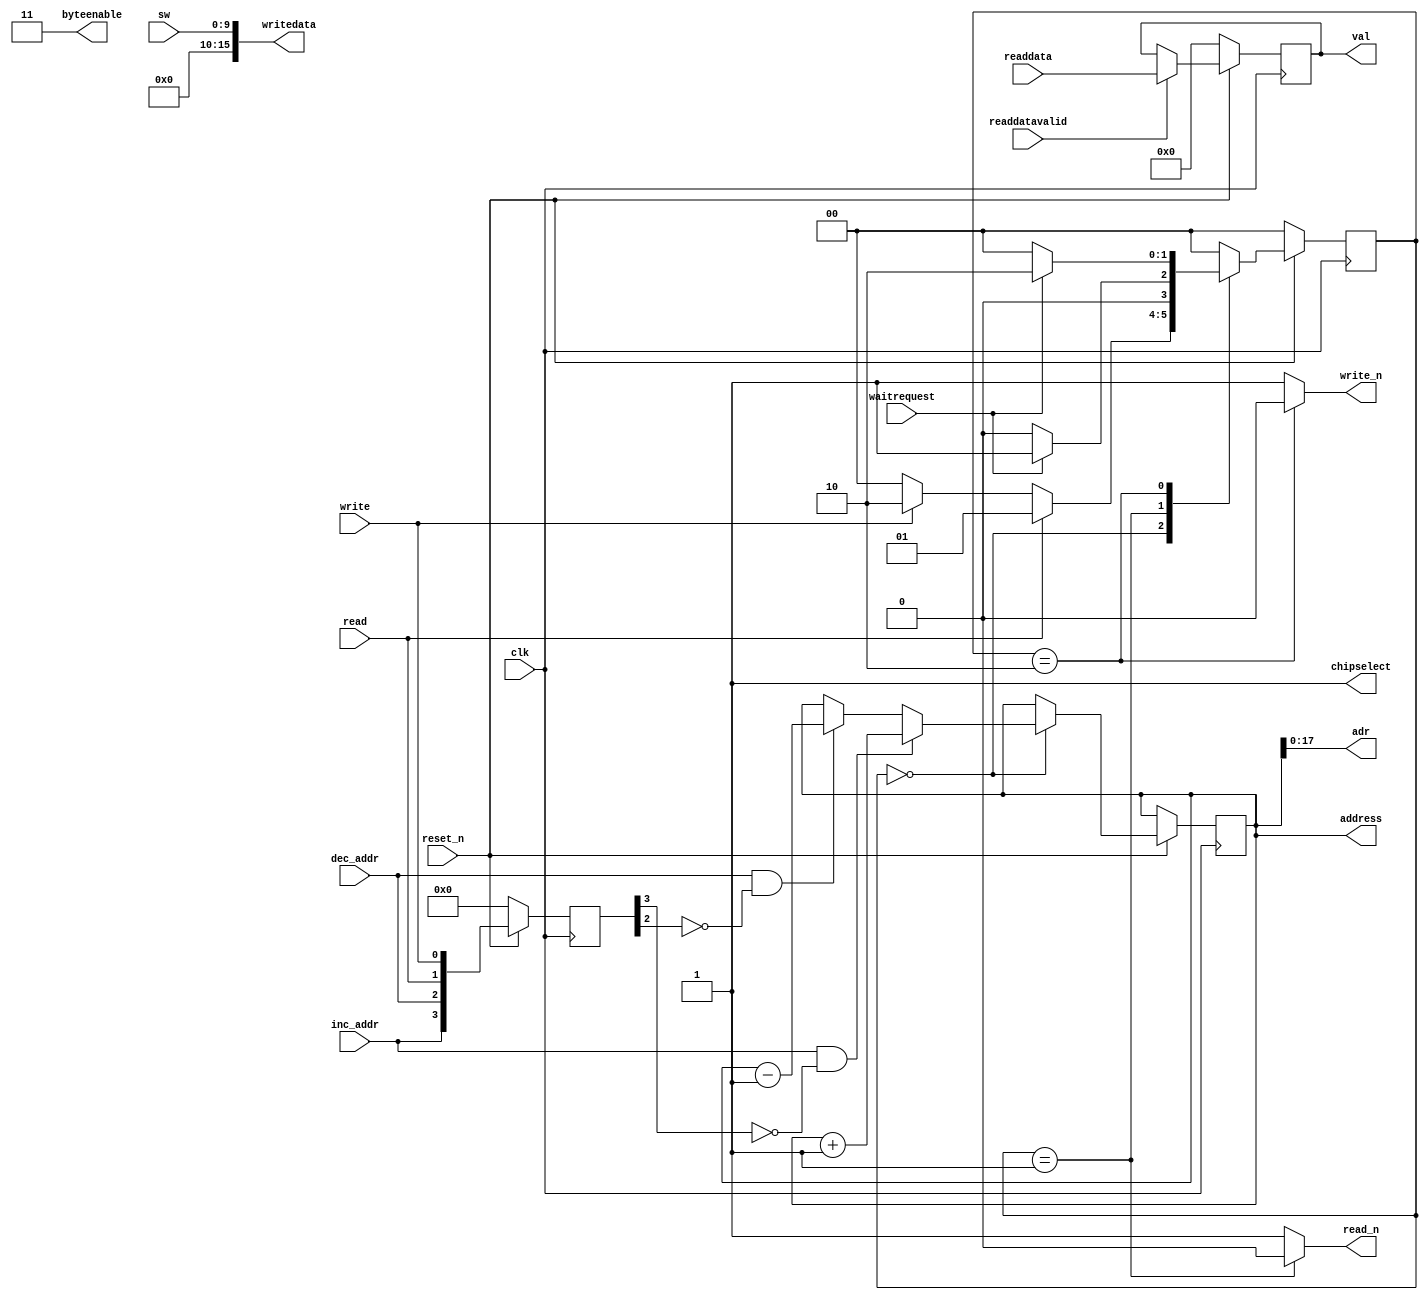
`define SDRAM_BASE 32'h0
`define IDLE 0      
`define READ 1      
`define WRITE 2     

module readwrite (
input clk,
input reset_n,
input waitrequest,
input readdatavalid,
input [15:0] readdata,
output reg read_n = 1'b1,
output reg write_n = 1'b1,
output reg chipselect = 1'b1,
output reg [31:0] address = `SDRAM_BASE,
output reg [1:0] byteenable = 2'b11,
output [15:0] writedata,
// control signals
input inc_addr,
input dec_addr,
input read,
input write,
output [17:0] adr,
input [9:0] sw,
// debugging
output reg [15:0] val = 16'h0
//input man_rst_n
);

assign adr = address[17:0];

assign writedata = {6'h0,sw};
reg [3:0] buttons_prev;

reg [1:0] state;
// state logic for reading and writing
always @(posedge clk) begin
	if(~reset_n) begin
		state <= `IDLE;
		val <= 0;
		buttons_prev <= 0;
	end
	else begin
		buttons_prev <= {inc_addr, dec_addr, read, write};
		val <= readdatavalid ? readdata : val;
		case(state)
			`IDLE: begin
					state <= read ? `READ : write ? `WRITE : `IDLE;
					if(inc_addr && ~buttons_prev[3]) begin
						address <= address + 1;
					end
					else if(dec_addr && ~buttons_prev[2]) begin
						address <= address - 1;
					end
					else begin
						address <= address;
					end
			end
			`READ: begin
					state <= ~waitrequest ? `IDLE : `READ;			
					address <= address;
			end
			`WRITE: begin
					state <= ~waitrequest ? `IDLE: `WRITE;
					address <= address;
			end
			default: begin
					state <= `IDLE;
					address <= address;
			end
		endcase
	end
end

always @(*) begin
	byteenable <= 2'b11;
	chipselect <= 1;
	case (state)
		`IDLE: begin
			write_n <= 1;
			read_n <= 1;
		end
		`READ: begin
			write_n <= 1;
			read_n <= 0;
		end
		`WRITE: begin
			write_n <= 0;
			read_n <= 1;
		end
		// Includes SHIFT, DONE, and DEBUG states
		default: begin
			write_n <= 1;
			read_n <= 1;					
		end
	endcase
			
			
end		

endmodule